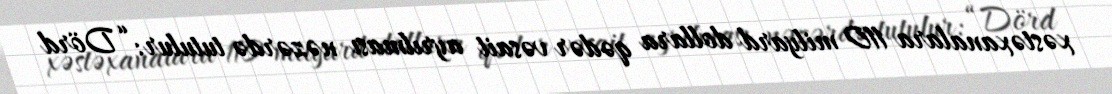
xəstəxanalara 110 milyard dollara qədər vəsait ayrılması nəzərdə tutulur: “Dörd